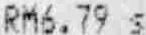
RM6.79 S